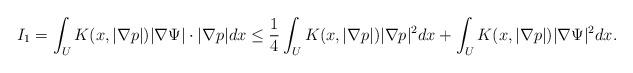
LaTeX: \begin{align*}I_1= \int_UK(x,|\nabla p|)|\nabla \Psi| \cdot |\nabla {p}| dx \le \frac 14\int_UK(x,|\nabla p|) |\nabla {p}|^2 dx+\int_UK(x,|\nabla p|)|\nabla \Psi|^2 dx .\end{align*}